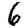
Digit: 6